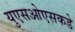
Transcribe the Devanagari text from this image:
युएसओएसकडे